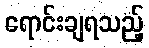
ရောင်းချရသည့်